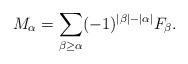
LaTeX: \begin{align*}M_\alpha = \sum_{\beta\ge\alpha} (-1)^{|\beta|-|\alpha|} F_\beta.\end{align*}